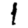
Digit: 1